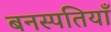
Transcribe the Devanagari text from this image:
बनस्पतियाँ